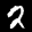
Label: 2